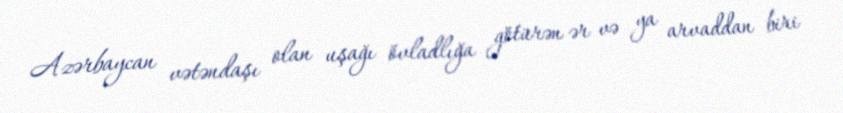
Azərbaycan vətəndaşı olan uşağı övladlığa götürən ər və ya arvaddan biri